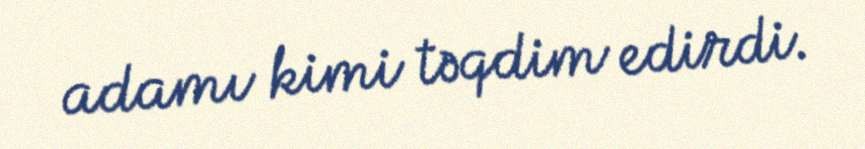
adamı kimi təqdim edirdi.